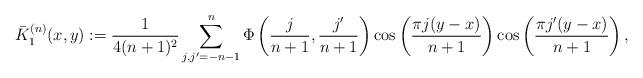
LaTeX: \begin{align*} \bar K_1 ^{(n)} (x,y) :=\frac{1}{4(n+1)^2}\sum_{j,j'=-n-1}^n \Phi\left(\frac{j}{n+1}, \frac{j'}{n+1}\right) \cos\left(\frac{\pi j(y-x)}{n+1}\right) \cos\left(\frac{\pi j'(y-x)}{n+1}\right),\end{align*}